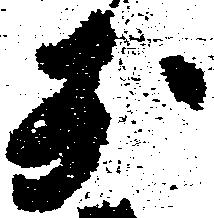
於